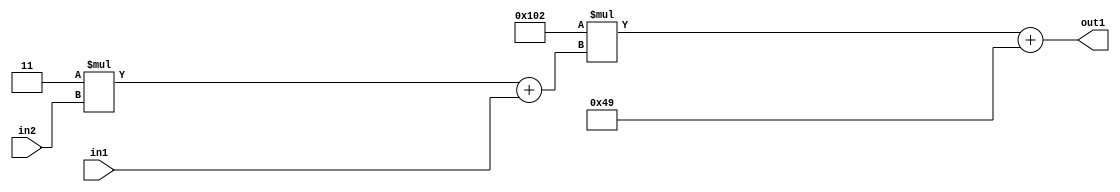
`timescale 1ps / 1ps
/*****************************************************************************
    Verilog RTL Description
    
    
    Created by: Stratus DpOpt 2019.1.01 
*******************************************************************************/

module DC_Filter_Add2i73Mul2i258Add2u1Mul2i3u2_1 (
	in2,
	in1,
	out1
	); /* architecture "behavioural" */ 
input [1:0] in2;
input  in1;
output [11:0] out1;
wire [11:0] asc001;
wire [3:0] asc002;

wire [3:0] asc002_tmp_0;
assign asc002_tmp_0 = 
	+(4'B0011 * in2);
assign asc002 = asc002_tmp_0
	+(in1);

wire [11:0] asc001_tmp_1;
assign asc001_tmp_1 = 
	+(12'B000100000010 * asc002);
assign asc001 = asc001_tmp_1
	+(12'B000001001001);

assign out1 = asc001;
endmodule

/* CADENCE  v7b1Sw4= : u9/ySgnWtBlWxVPRXgAZ4Og= ** DO NOT EDIT THIS LINE ******/